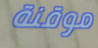
موقنة